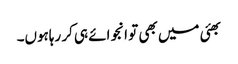
بھئی میں بھی تو انجوائے ہی کر رہاہوں۔